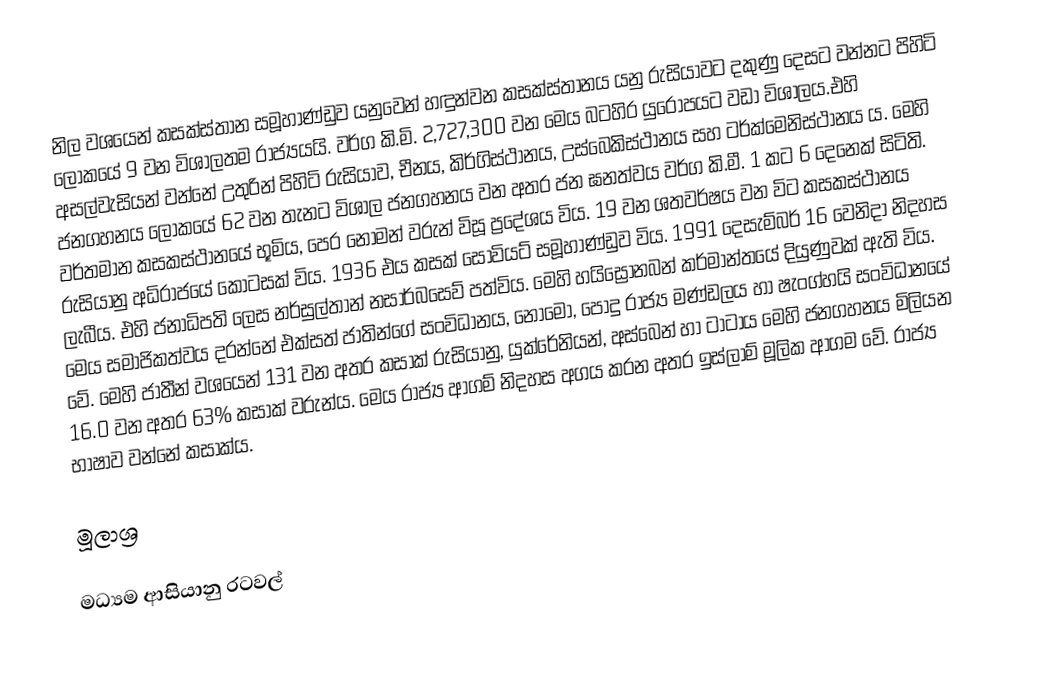
නිල වශයෙන් කසක්ස්තාන සමූහාණ්ඩුව යනුවෙන් හඳුන්වන  කසක්ස්තානය යනු රුසියාවට දකුණු දෙසට වන්නට පිහිටි ‍ලෝකයේ 9 වන විශාලතම රාජ්‍යයයි. වර්ග කි.මි. 2,727,300 වන මෙය බටහිර යුරෝපයට වඩා විශාලය.එහි අසල්වැසියන් වන්නේ උතුරින් පිහිටි රුසියාව, චීනය, කිර්ගිස්ථානය, උස්බෙකිස්ථානය සහ ටර්ක්මෙනිස්ථානය ය. මෙහි ජනගහනය ලෝකයේ 62 වන තැනට විශාල ජනගහනය වන අතර ජන ඝනත්වය වර්ග කි.මී. 1 කට 6 දෙනෙක් සිටිති. වර්තමාන කසකස්ථානයේ භූමිය, පෙර නෝමන් වරුන් විසූ ප්‍රදේශය විය. 19 වන ශතවර්ෂය වන විට කසකස්ථානය රුසියානු අධිරාජයේ කොටසක් විය. 1936 එය කසක් සොවියට් සමූහාණ්ඩුව විය. 1991 දෙසැම්බර් 16 වෙනිදා නිදහස ලැබීය. එහි ජනාධිපති ලෙස නර්සුල්තාන් නසාර්බසෙව් පත්විය. මෙහි හයිස්‍රොනබන් කර්මාන්තයේ දියුණුවක් ඇති විය. මෙය සමාජිකත්වය දරන්නේ එක්සත් ජාතින්ගේ සංවිධානය, නෝමෝ, පොදු රාජ්‍ය මණ්ඩලය හා ෂැංග්හයි සංවිධානයේ වේ. මෙහි ජාතීන් වශයෙන් 131 වන අතර කසාක් රුසියානු, යුක්රේනියන්, අස්බෙන් හා ටාටාය මෙහි ජනගහනය මිලියන 16.0 වන අතර 63% කසාක් වරුන්ය. මෙය රාජ්‍ය ආගම් නිදහස අගය කරන අතර ඉස්ලාම් මූලික ආගම වේ. රාජ්‍ය භාෂාව වන්නේ කසාක්ය.

මූලාශ්‍ර

මධ්‍යම ආසියානු රටවල්